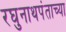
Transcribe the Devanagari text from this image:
रघुनाथपंताच्या